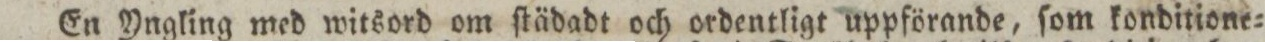
En Yngling med witsord om ſtädadt och ordentligt uppförande, ſom konditione=